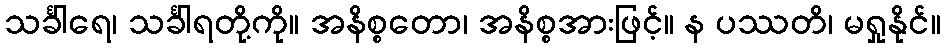
သင်္ခါရေ၊ သင်္ခါရတို့ကို။ အနိစ္စတော၊ အနိစ္စအားဖြင့်။ န ပဿတိ၊ မရှုနိုင်။